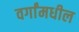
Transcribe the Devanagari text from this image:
वर्गांमधील